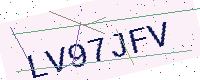
Text: LV97JFV